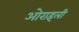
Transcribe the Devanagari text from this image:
ओराइली